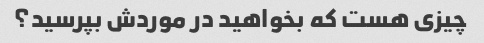
چیزی هست که بخواهید در موردش بپرسید؟